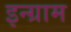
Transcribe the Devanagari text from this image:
इन्ग्राम